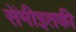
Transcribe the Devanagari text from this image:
सेंमीइतकी